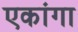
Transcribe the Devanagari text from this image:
एकांगा